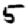
Digit: 5